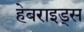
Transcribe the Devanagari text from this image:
हेबराइड्स